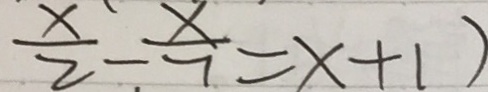
\frac { x } { 2 } - \frac { x } { 7 } = x + 1 )